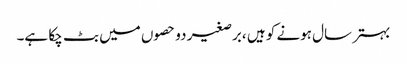
بہتر سال ہونے کو ہیں ،برصغیر دو حصوں میں بٹ چکا ہے۔